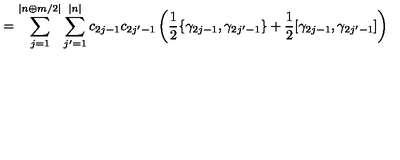
= \sum _ { j = 1 } ^ { | n \oplus m / 2 | } \sum _ { j ^ { \prime } = 1 } ^ { | n | } c _ { 2 j - 1 } c _ { 2 j ^ { \prime } - 1 } \left( \frac { 1 } { 2 } \{ \gamma _ { 2 j - 1 } , \gamma _ { 2 j ^ { \prime } - 1 } \} + \frac { 1 } { 2 } [ \gamma _ { 2 j - 1 } , \gamma _ { 2 j ^ { \prime } - 1 } ] \right)